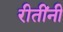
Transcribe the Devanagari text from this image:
रीतींनी